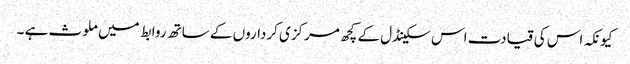
کیونکہ اس کی قیادت اس سکینڈل کے کچھ مرکزی کرداروں کے ساتھ روابط میں ملوث ہے ۔